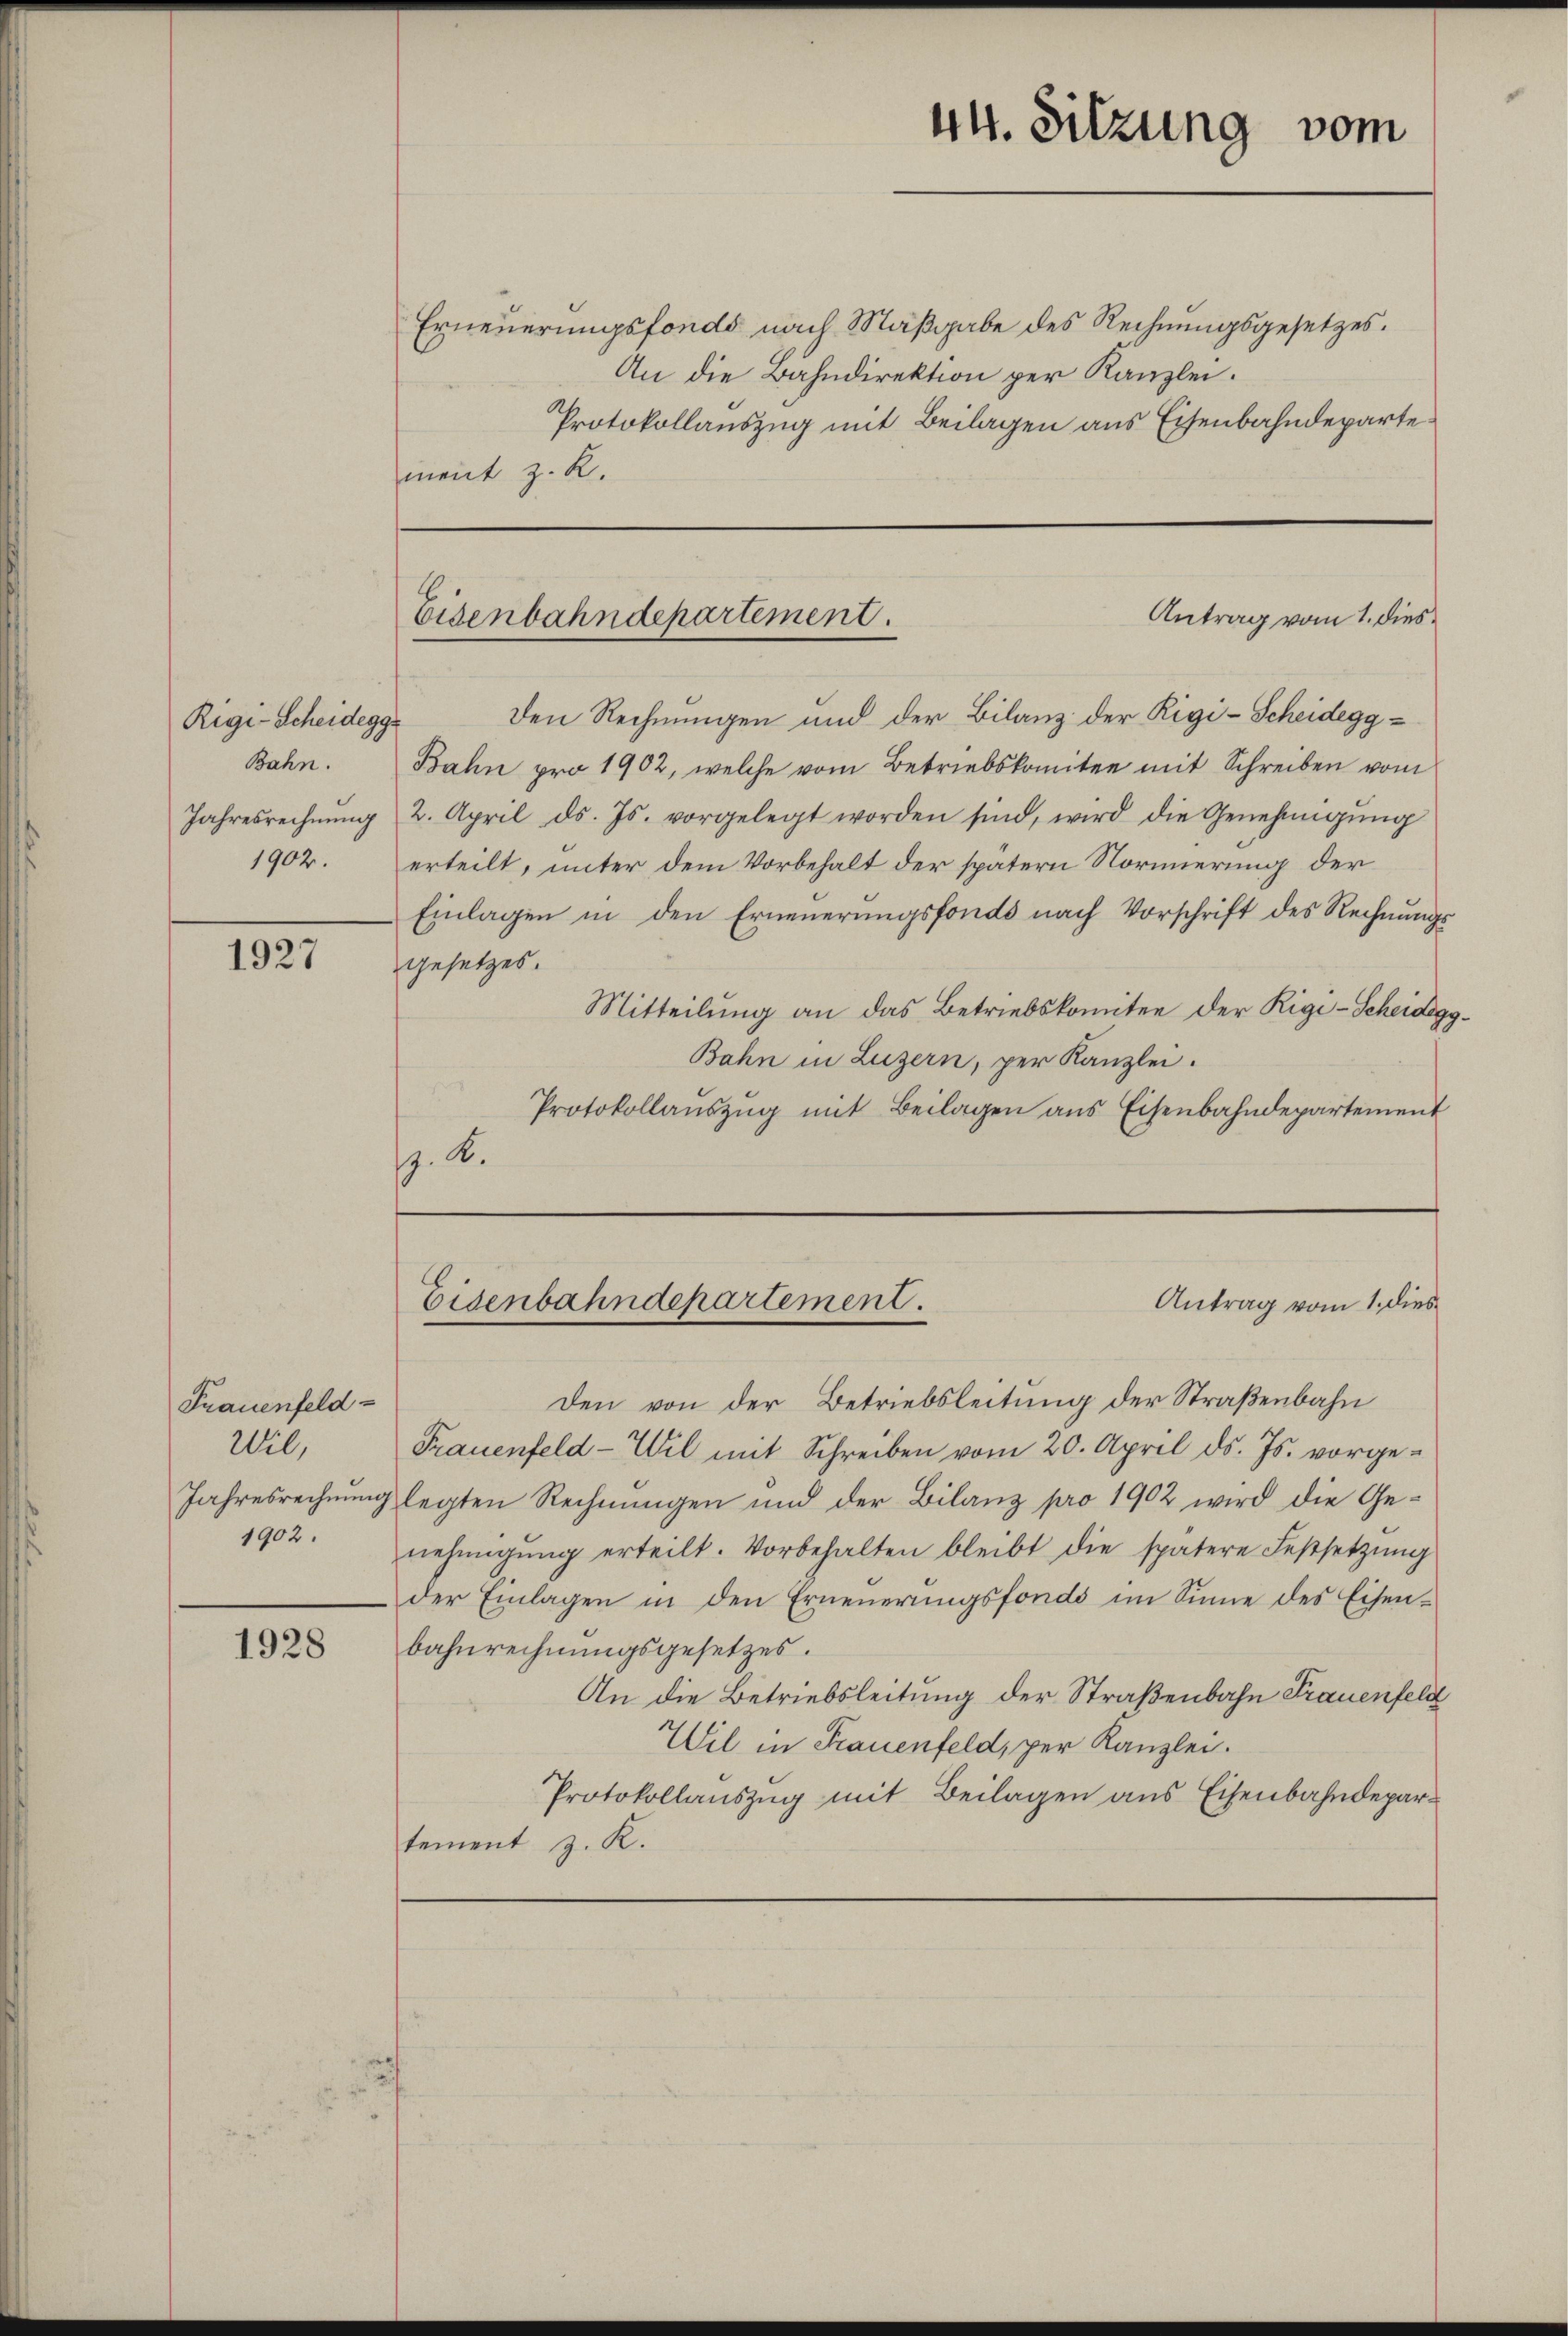
Rigi-Scheideggs
Bahn.
Jahresrechnung
1902.

1927

Frauenfeld-
20,
Jahresrechnung
1902.

1928

Erneuerungsfonds nach Maßgabe des Rechnungsgesetzes.
An die Bahndirektion per Kanzlei.
Protokollauszug mit Beilagen aus Eisenbahndepartement z. R.

Eisenbahndepartement.

den Rechnungen und der Bilanz der Rigi-Scheidegg¬
Bahn pro 1902, welche vom Betriebskomitee mit Schreiben vom
2. April ds. Js. vorgelegt worden sind, wird die Genehmigŭng
erteilt, unter dem Vorbehalt der spätern Normierung der
Einlagen in den Erneuerungsfonds nach Vorschrift des Rechnungsgesetzes.
Mitteilŭng an das Betriebskomitee der Rigi-Scheidegg¬
Bahn in Luzern, per Kanzlei.
Protokollaŭszŭg mit Beilagen ans Eisenbahndepartement
. B.
Antrag vom 1. dies
Eisenbahndepartement.
Den von der Betriebsleitung der Straßenbahn
Frauenfeld-Wil mit Schreiben vom 20. April d. Js. vorgelegten Rechnungen und der Bilanz pro 1902 wird die Genehmigŭng erteilt. Vorbehalten bleibt die spätere Festsetzŭng
der Einlagen in den Erneuerungsfonds im Sinne des Eisenbahnrechnungsgesetzes.
An die Betriebsleitung der Straßenbahn Frauenfeld
Wil in Frauenfeld, per Kanzlei.
Protokollauszug mit Beilagen aus Eisenbahndepartement z. K.

44. Sitzung vom

Antrag vom 1. dies